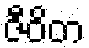
ဇီဝိတ